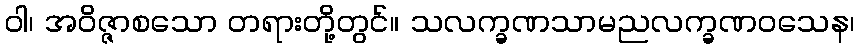
ဝါ၊ အဝိဇ္ဇာစသော တရားတို့တွင်။ သလက္ခဏသာမညလက္ခဏဝသေန၊